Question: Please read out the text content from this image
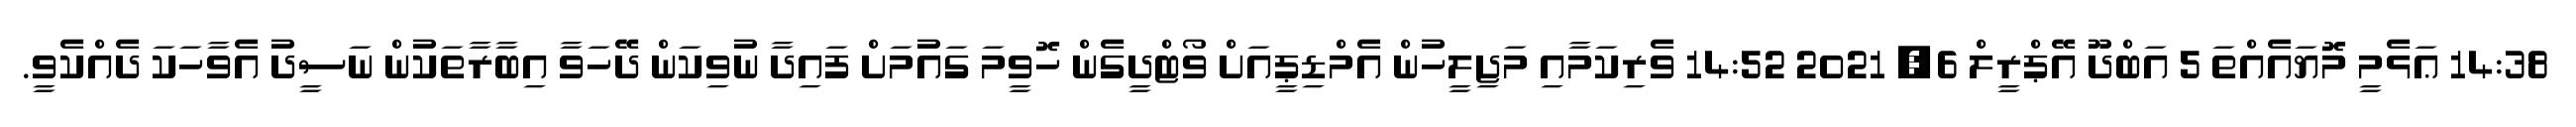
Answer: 14:38 ޢަޅެމީ މޮޔައެއްތަ 5 އަބްދޫ އޭޕްރީލް 6, 2021 14:52 ވެރިކަމާއި މަޖިލީހުން އެމްޑިޕީއަށް ވޯޓްދީގެން ހޮވީމަ ގައުމަށް ފައިދާ ނުވިކަން ދޭހަވާ އިބާރާތަކުން ނަސީދު އެވާހަކަ ދެއްކެވީ.